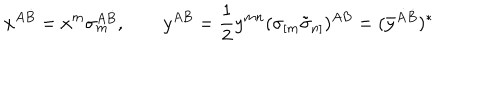
LaTeX: x ^ { A \dot { B } } = x ^ { m } \sigma _ { m } ^ { A \dot { B } } , \qquad { y } ^ { A B } = { \frac { 1 } { 2 } } y ^ { m n } ( \sigma _ { [ m } \tilde { \sigma } _ { n ] } ) ^ { A { B } } = ( \bar { y } ^ { \dot { A } \dot { B } } ) ^ { * }